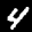
Label: 4